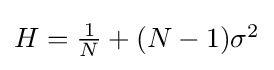
{\textstyle H={\frac {1}{N}}+(N-1)\sigma ^{2}}